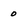
Character: o